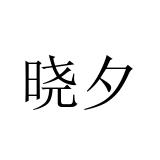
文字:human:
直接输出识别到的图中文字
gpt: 晓夕